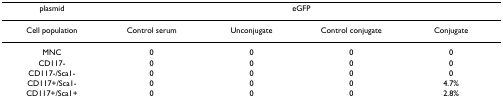
| plasmid | <COLSPAN=4> eGFP |
 | --- | --- | --- | --- | --- |
 | Cell population | Control serum | Unconjugate | Control conjugate | Conjugate |
 | MNC | 0 | 0 | 0 | 0 |
 | CD117- | 0 | 0 | 0 | 0 |
 | CD117-/Sca1- | 0 | 0 | 0 | 0 |
 | CD117+/Sca1- | 0 | 0 | 0 | 4.7% |
 | CD117+/Sca1+ | 0 | 0 | 0 | 2.8% |